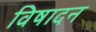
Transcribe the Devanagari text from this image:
विषादन